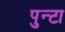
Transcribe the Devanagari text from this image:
पुन्टा